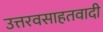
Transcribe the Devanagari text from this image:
उत्तरवसाहतवादी